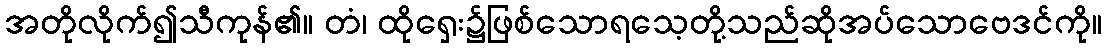
အတိုလိုက်၍သီကုန်၏။ တံ၊ ထိုရှေး၌ဖြစ်သောရသေ့တို့သည်ဆိုအပ်သောဗေဒင်ကို။